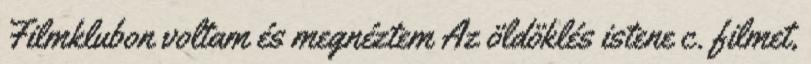
Filmklubon voltam és megnéztem Az öldöklés istene c. filmet,